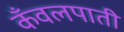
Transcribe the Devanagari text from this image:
कँवलपाती